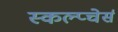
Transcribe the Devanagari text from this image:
स्कल्प्चेर्स